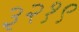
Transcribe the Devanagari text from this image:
३२१९